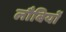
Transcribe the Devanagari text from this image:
लौबियों